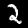
Digit: 2